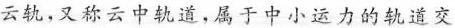
云轨，又称云中轨道，属于中小运力的轨道交